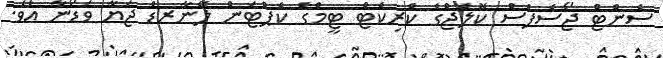
ސެންޓް ޖޯސެފްސް ކޮލެޖްގެ ކްރިކެޓް ޓީމްގެ ކެޕްޓަން ލޭނާރޑް ޖަޔާ ވަޑޯނާ އެވެ.